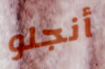
أنجلو